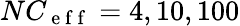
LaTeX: NC_{\mathrm{~e~f~f~}}=4,10,100